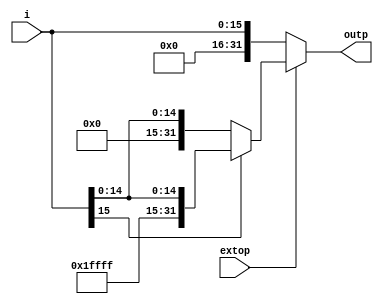
module extender(extop,i,outp);
output [31:0] outp;
input [15:0] i;
input extop;
reg [31:0] outp;

always @(extop or i)
begin
if (extop == 1) begin 
  if (i[15]==0) 
      outp <= {16'b0000_0000_0000_0000,i};
  else 
      outp <= {16'b1111_1111_1111_1111,i};
  end 
else
    outp <= {16'b0000_0000_0000_0000,i};
end
endmodule